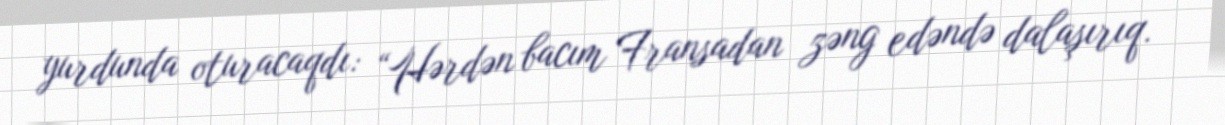
yurdunda oturacaqdı: “Hərdən bacım Fransadan zəng edəndə dalaşırıq.